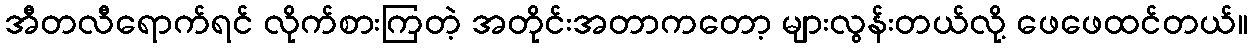
အီတလီရောက်ရင် လိုက်စားကြတဲ့ အတိုင်းအတာကတော့ များလွန်းတယ်လို့ ဖေဖေထင်တယ်။